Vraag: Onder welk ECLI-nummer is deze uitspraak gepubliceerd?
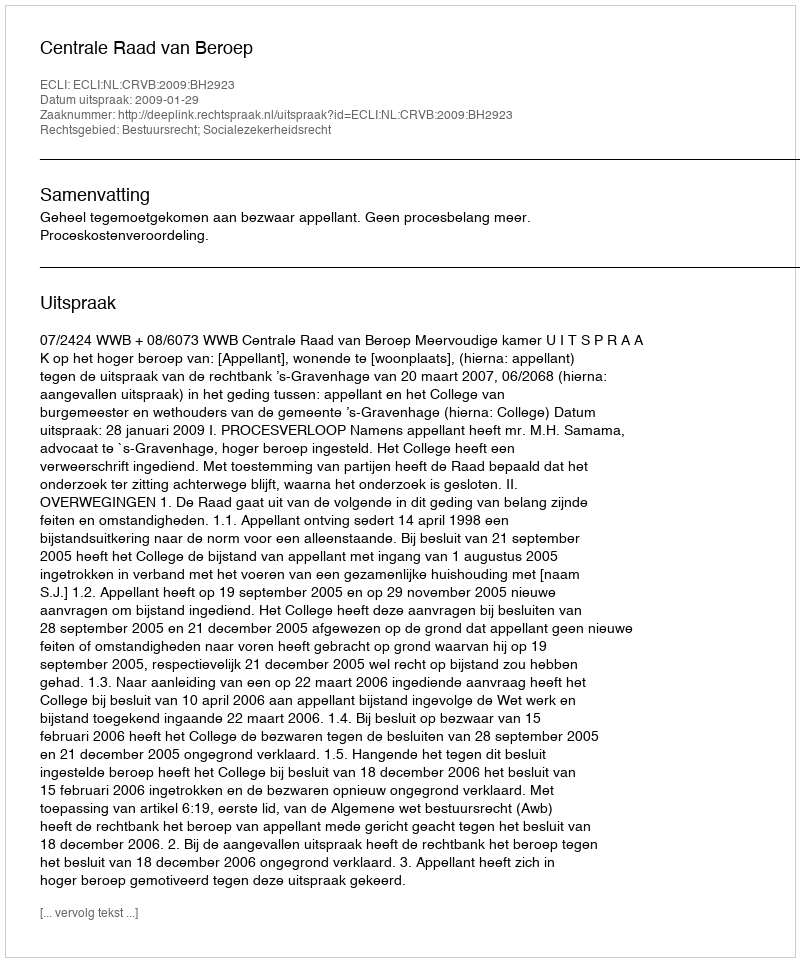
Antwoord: ECLI:NL:CRVB:2009:BH2923